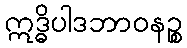
ဣဒ္ဓိပါဒဘာဝနဉ္စ